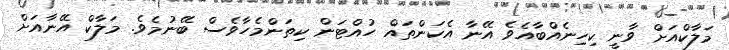
މަލާކްއަށް ވާނީ ކިހިނެއްބާއެވެ އޭނާ އެކަންތައް ހުއްޓަން ކިތަންމެހާވެސް ބޭނުމެވެ. މަލާކް އޭނާއަށް